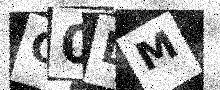
Text: O0DM